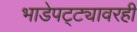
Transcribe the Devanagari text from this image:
भाडेपट्ट्यावरही